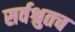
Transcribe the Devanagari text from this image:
सर्वश्रुतच